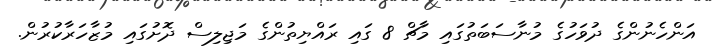
އަންހެނުންގެ ދުވަހުގެ މުނާސަބަތުގައި މާޗް 8 ގައި ރައްޔިތުންގެ މަޖިލިސް ދޮށުގައި މުޒާހަރާކުރުން.